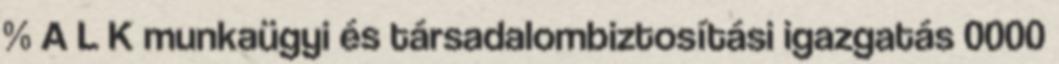
% A L K munkaügyi és társadalombiztosítási igazgatás 0000